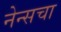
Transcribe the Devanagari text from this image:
नेन्सचा